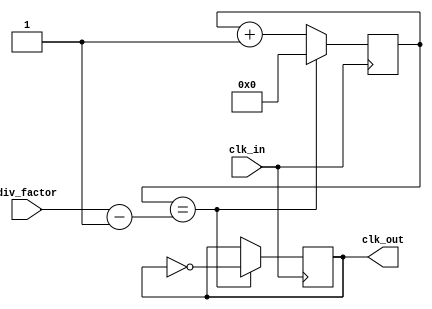
module fractional_clock_divider (
    input  wire            clk_in,
    input  integer         div_factor,
    output reg             clk_out
);

reg [31:0] divider;
reg [31:0] count;

always @ (posedge clk_in) begin
    if (count == div_factor-1) begin
        count <= 0;
        clk_out <= ~clk_out;
    end else begin
        count <= count + 1;
    end
end

endmodule